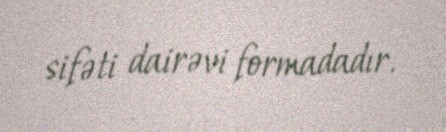
sifəti dairəvi formadadır.